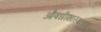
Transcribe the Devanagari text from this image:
औषधीशास्त्राच्या